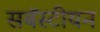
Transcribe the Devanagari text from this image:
सबॅस्टीयन